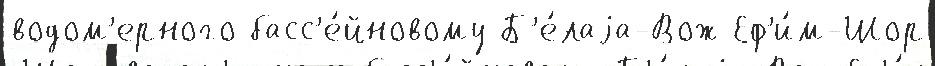
водом'ерного басс'е́йновому Б'е́лаjа-Вож Еф'и́м-Шор